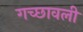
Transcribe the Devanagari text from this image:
गच्छावली